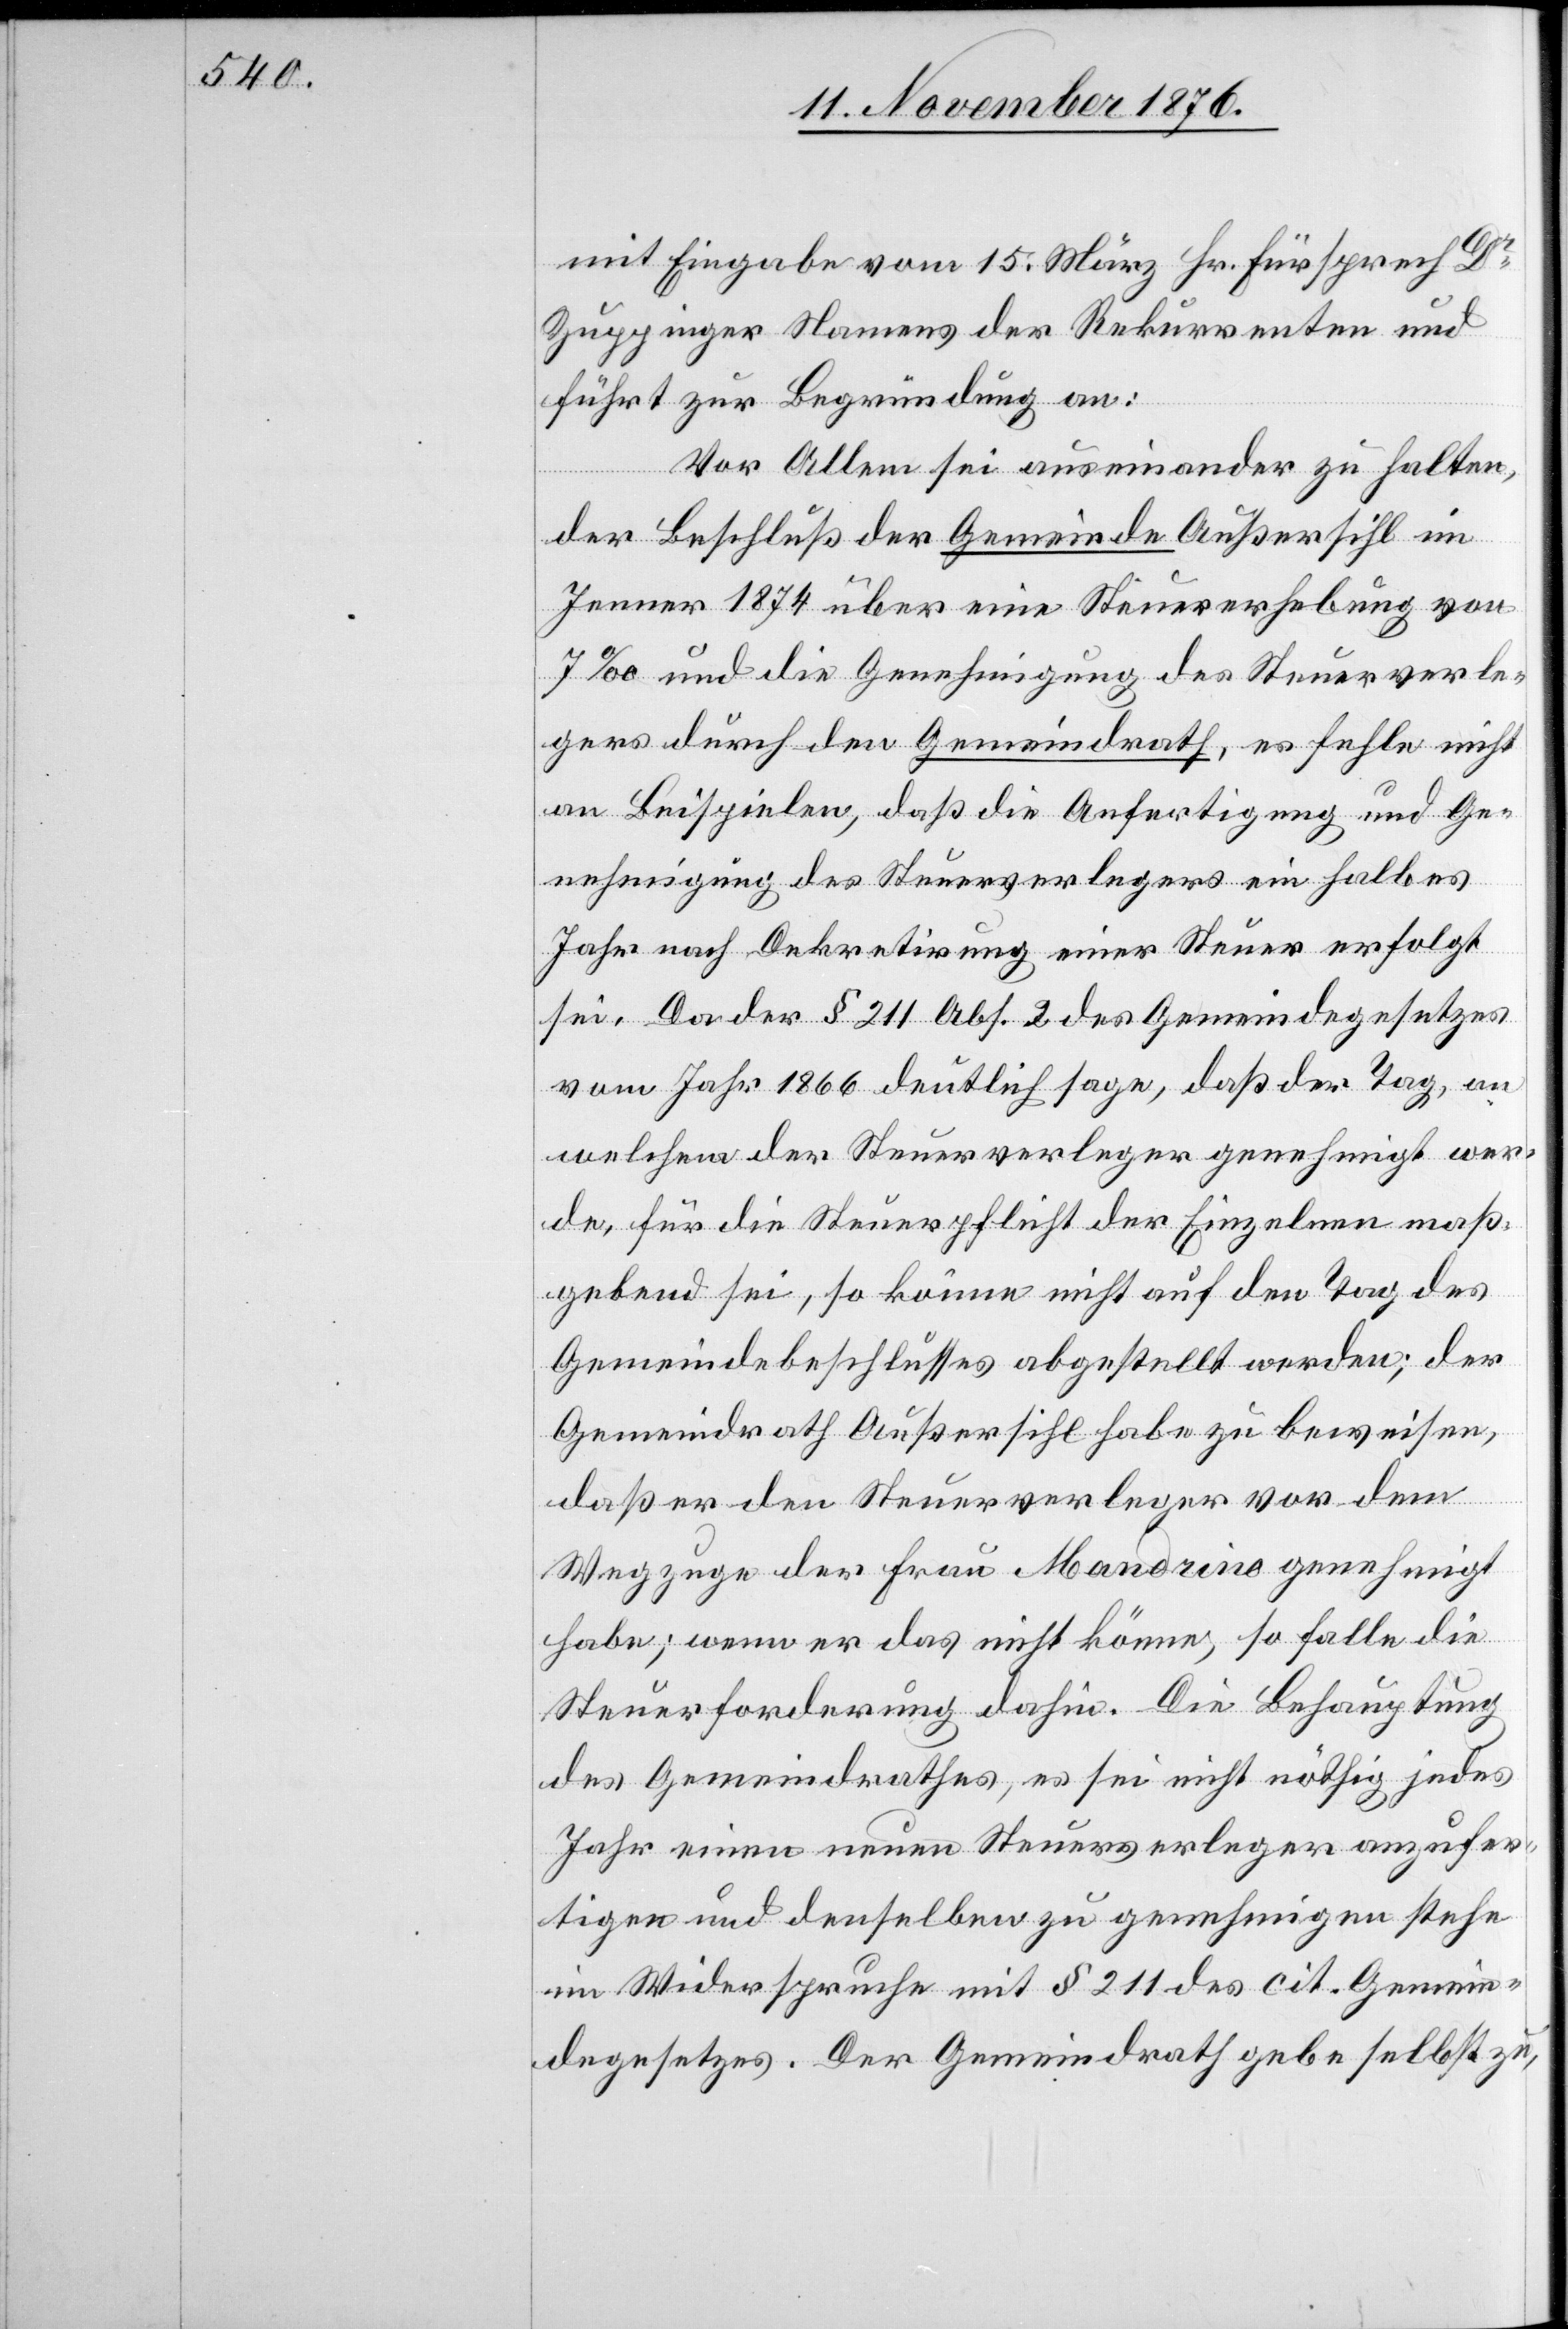
mit Eingabe vom 15. März Hr. Fürsprech Dr
Zuppinger Namens der Rekurrenten und
führt zur Begründung an:
Vor Allem sei auseinander zu halten,
der Beschluß der Gemeinde Außersihl im
Jenner 1874 über eine Steuererhebung von
7‰ und die Genehmigung des Steuerverle¬
gers durch den Gemeindrath, es fehle nicht
an Beispielen, daß die Anfertigung und Ge¬
nehmigung des Steuerverlegers ein halbes
Jahr nach Dekretirung einer Steuer erfolgt
sei. Da der § 211 Abs. 2 des Gemeindegesetzes
vom Jahr 1866 deutlich sage, daß der Tag, an
welchem der Steuerverleger genehmigt wer¬
de, für die Steuerpflicht der Einzelnen maß¬
gebend sei, so könne nicht auf den Tag des
Gemeindebeschlusses abgestellt werden; der
Gemeindrath Außersihl habe zu beweisen,
daß er den Steuerverleger vor dem
Wegzuge der Frau Mandrino genehmigt
habe; wenn er das nicht könne, so falle die
Steuerforderung dahin. Die Behauptung
des Gemeindrathes, es sei nicht nöthig, jedes
Jahr einen neuen Steuerverleger anzufer¬
tigen und denselben zu genehmigen stehe
im Widerspruche mit § 211 des cit. Gemein¬
degesetzes. Der Gemeindrath gebe selbst zu,